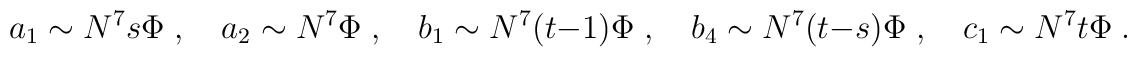
a_1 \sim N^7s\Phi\;, \quad a_2 \sim N^7\Phi\;, \quad b_1 \sim N^7(t-1)\Phi\;, \quad b_4 \sim N^7(t-s)\Phi\;, \quad c_1 \sim N^7t\Phi\;.